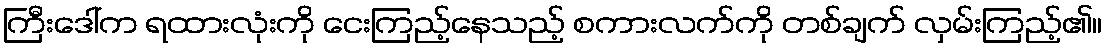
ကြီးဒေါ်က ရထားလုံးကို ငေးကြည့်နေသည့် စကားလက်ကို တစ်ချက် လှမ်းကြည့်၏။